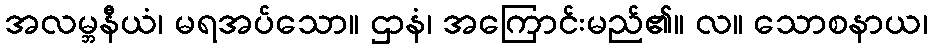
အလမ္ဘနီယံ၊ မရအပ်သော။ ဌာနံ၊ အကြောင်းမည်၏။ လ။ သောစနာယ၊